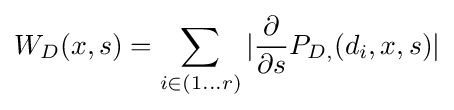
W_{D}(x,s)=\sum _{i\in (1\dots r)}|{\frac {\partial }{\partial s}}P_{D,}(d_{i},x,s)|